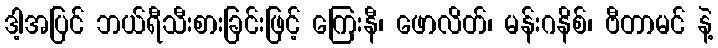
ဒါ့အပြင် ဘယ်ရီသီးစားခြင်းဖြင့် ကြေးနီ၊ ဖောလိတ်၊ မန်းဂနိစ်၊ ဗီတာမင် နဲ့